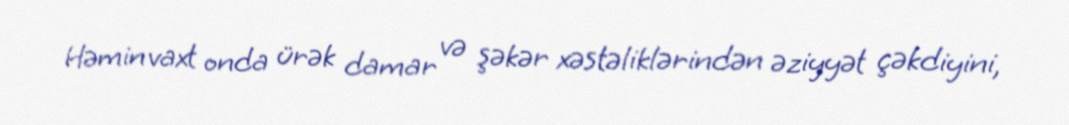
Həmin vaxt onda ürək damar və şəkər xəstəliklərindən əziyyət çəkdiyini,